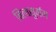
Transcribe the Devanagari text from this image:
बिलासुर्गम